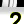
Digit: 2